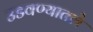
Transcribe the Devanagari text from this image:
उडवण्यातले